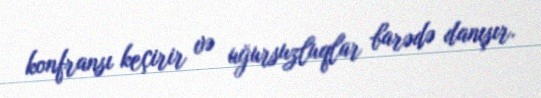
konfransı keçirir və uğursuzluqlar barədə danışır.